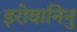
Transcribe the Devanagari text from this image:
इरोवानिनु